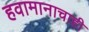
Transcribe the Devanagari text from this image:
हवामानाचाही